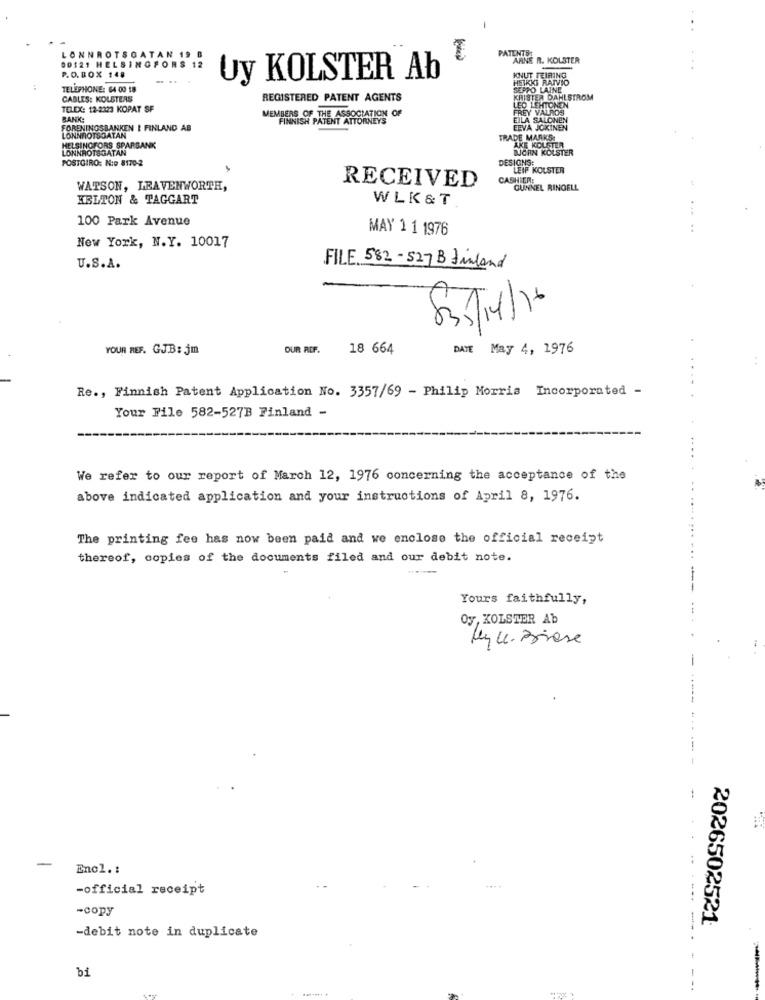
PATENTE
LONNROTSGATAN 19 B
ARNE R. KOLSTER
00121 HELSINGFORS
..
P.O.BOX 148
Uy KOLSTER Ab
KNUT FEIRING
HEIKKI RAIVIO
TELEPHONE: 64 00 18
SEPPO LAINE
CABLES: KOLSTERS
REGISTERED PATENT AGENTS
KRISTER DAHLSTROM
LED LEHTONEN
TELEX: 12-2323 KOPAT SF
MEMBERS OF THE ASSOCIATION OF
FREY VALROS
BANK
FINNISH PATENT ATTORNEYS
EILA SALONEN
FORENINGSBANKEN I FINLAND AB
EEVA JOKINEN
LONNAOTSGATAN
TRADE MARKS
AKE KOLSTER
HELSINGFORS SPARBANK
LONNROTSGATAN
DUCAN KOLSTER
POSTGIRO: Nie 8170-2
DESIGNS:
LEIF KOLSTER
RECEIVED
CASHIER:
WATSON, LEAVENWORTH,
GUNNEL RINGELL
HELTON & TAGGART
WLK&T
100 Park Avenue
MAY 1 1 1976
New York, N.Y. 10017
U.S.A.
FILE. 582 - 527 B finland
6
YOUR REF. GJ.B: jm
OUR REF.
18 664
DATE May 4, 1976
Re ., Finnish Patent Application No. 3357/69 - Philip Morris Incorporated -
Your File 582-527B Finland -
We refer to our report of March 12, 1976 concerning the acceptance of the
above indicated application and your instructions of April 8, 1976.
The printing fee has now been paid and we enclose the official receipt
thereof, copies of the documents filed and our debit note.
Yours faithfully,
Oy, KOLSTER Ab
My c. Briese
-
-
Encl .:
-official receipt
-copy
2026502521
----
-debit note in duplicate
bi